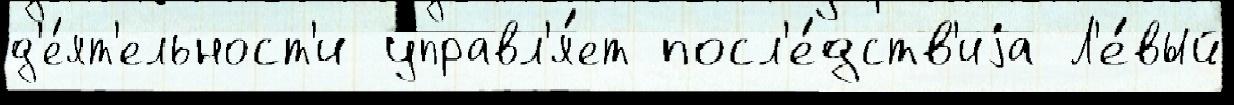
д'е́ят'ельност'и управл'я́ет посл'е́дств'иjа Л'е́вый